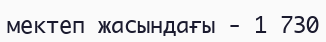
мектеп жасындағы - 1 730